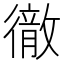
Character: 𭜈